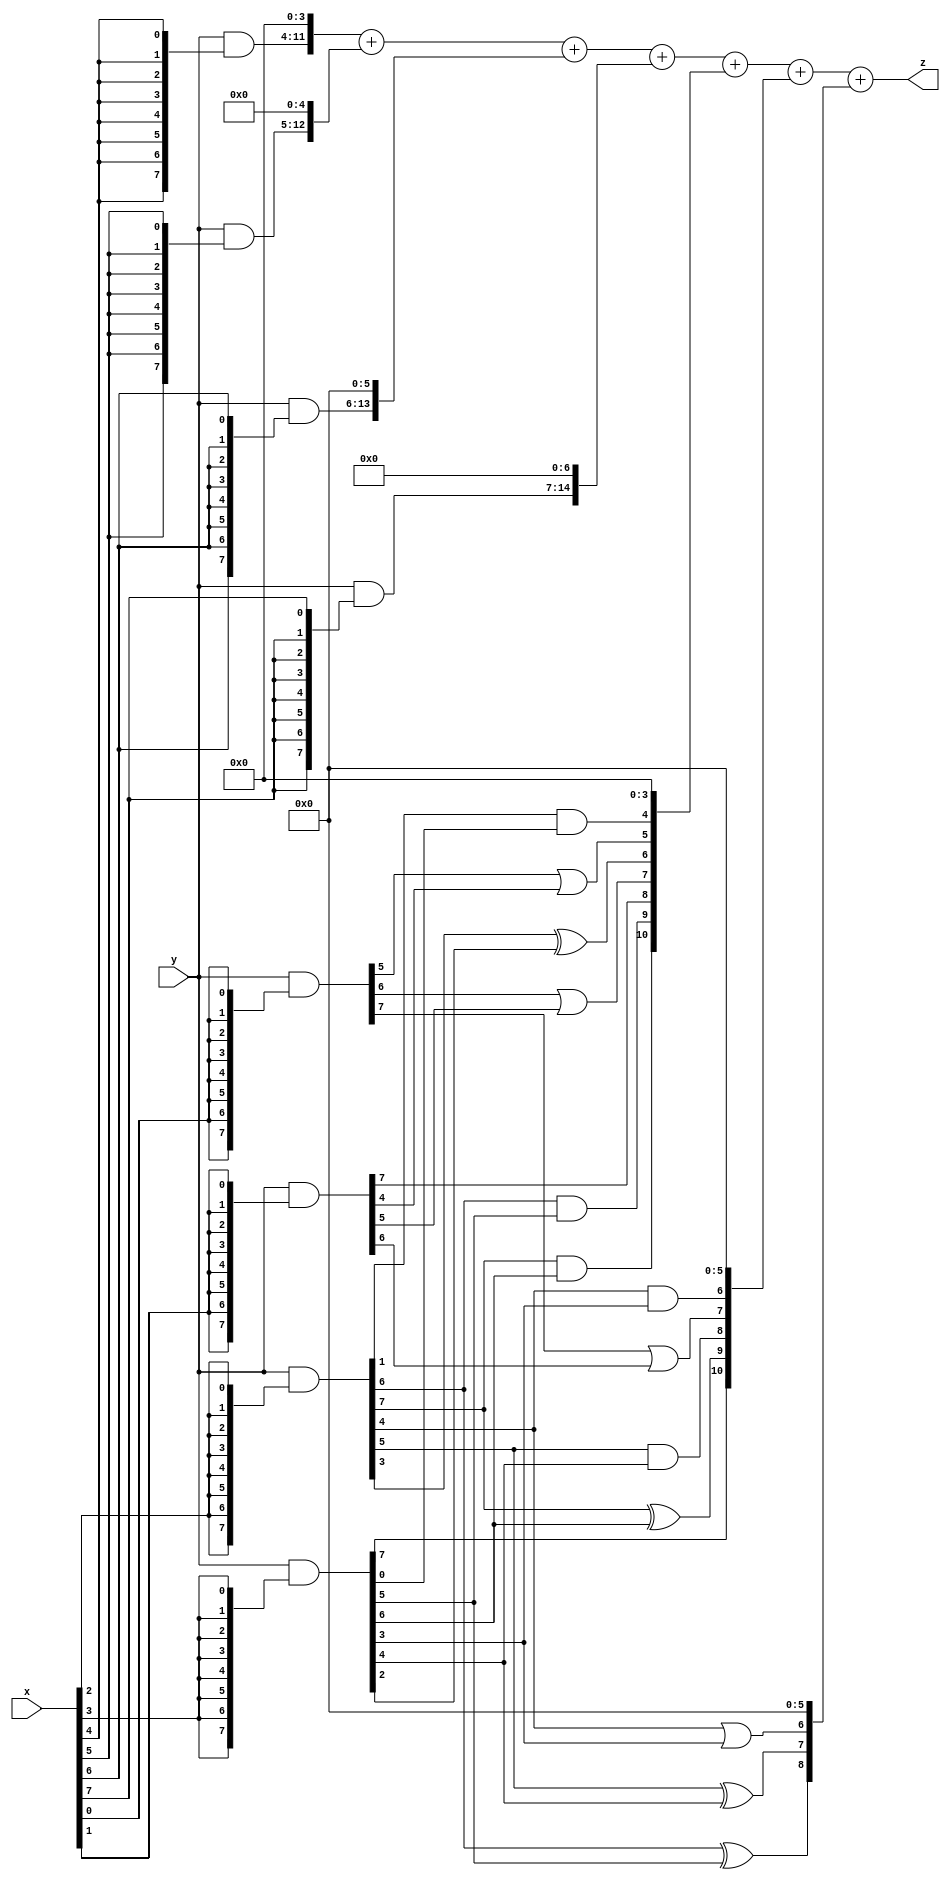
module VGG16_XFYW_2 (
    input  [7:0]  x,
    input  [7:0]  y,
    output [15:0] z
);


wire [7:0] part1 =  y & {8{x[0]}};
wire [7:0] part2 = (y & {8{x[1]}});
wire [7:0] part3 = (y & {8{x[2]}});
wire [7:0] part4 = (y & {8{x[3]}});

wire [7:0] part5 = (y & {8{x[4]}});
wire [7:0] part6 = (y & {8{x[5]}});
wire [7:0] part7 = (y & {8{x[6]}});
wire [7:0] part8 = (y & {8{x[7]}});

wire [10:0] new_part1;
wire [10:0] new_part2;
wire [10:0] new_part3;

assign new_part1[0] = 0;
assign new_part1[1] = 0;
assign new_part1[2] = 0;
assign new_part1[3] = 0;
assign new_part1[4] = part3[1]&part4[0];
assign new_part1[5] = part1[5]|part2[4];
assign new_part1[6] = part3[3]^part4[2];
assign new_part1[7] = part1[6]|part2[5];
assign new_part1[8] = part2[7];
assign new_part1[9] = part3[6]&part4[5];
assign new_part1[10] = part3[7]&part4[6];

assign new_part2[0] = 0;
assign new_part2[1] = 0;
assign new_part2[2] = 0;
assign new_part2[3] = 0;
assign new_part2[4] = 0;
assign new_part2[5] = 0;
assign new_part2[6] = part3[4]&part4[3];
assign new_part2[7] = part1[7]|part2[6];
assign new_part2[8] = part3[5]&part4[4];
assign new_part2[9] = part3[7]^part4[6];
assign new_part2[10] = part4[7];

assign new_part3[0] = 0;
assign new_part3[1] = 0;
assign new_part3[2] = 0;
assign new_part3[3] = 0;
assign new_part3[4] = 0;
assign new_part3[5] = 0;
assign new_part3[6] = part3[4]|part4[3];
assign new_part3[7] = part3[5]^part4[4];
assign new_part3[8] = part3[6]^part4[5];
assign new_part3[9] = 0;
assign new_part3[10] = 0;

assign z = {part5, 4'b0} + {part6, 5'b0} + {part7, 6'b0} + {part8, 7'b0} + new_part1 + new_part2 + new_part3;

endmodule